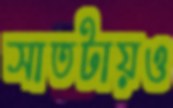
সাতটায়ও